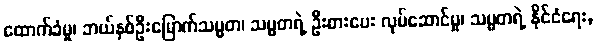
ထောက်ခံမှု၊ ဘယ်နှစ်ဦးမြောက်သမ္မတ၊ သမ္မတရဲ့ ဦးစားပေး လုပ်ဆောင်မှု၊ သမ္မတရဲ့ နိုင်ငံရေး,